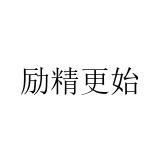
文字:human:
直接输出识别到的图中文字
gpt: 励精更始